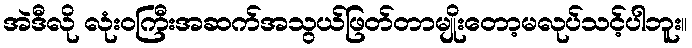
အဲဒီလို လုံးဝကြီးအဆက်အသွယ်ဖြတ်တာမျိုးတော့မလုပ်သင့်ပါဘူး။